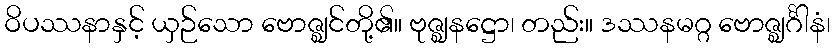
ဝိပဿနာနှင့် ယှဉ်သော ဗောဇ္ဈင်တို့၏။ ဗုဇ္ဈနဋ္ဌော၊ တည်း။ ဒဿနမဂ္ဂ ဗောဇ္ဈင်္ဂါနံ၊